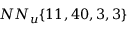
N N _ { u } \{ 1 1 , 4 0 , 3 , 3 \}